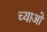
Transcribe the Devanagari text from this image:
च्याओ